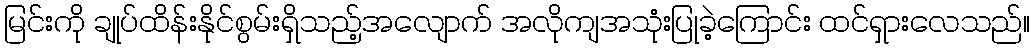
မြင်းကို ချုပ်ထိန်းနိုင်စွမ်းရှိသည့်အလျောက် အလိုကျအသုံးပြုခဲ့ကြောင်း ထင်ရှားလေသည်။